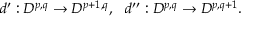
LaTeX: d ^ { \prime } : { \cal D } ^ { p , q } \rightarrow { \cal D } ^ { p + 1 , q } , \ \ d ^ { \prime \prime } : { \cal D } ^ { p , q } \rightarrow { \cal D } ^ { p , q + 1 } .